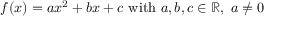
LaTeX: f ( x ) = a x ^ { 2 } + b x + c { \mathrm { ~ w i t h ~ } } a , b , c \in \mathbb { R } , \ a \neq 0